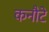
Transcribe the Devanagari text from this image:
कनौटे